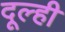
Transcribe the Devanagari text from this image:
दूल्ही